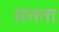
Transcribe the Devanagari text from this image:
सत्तता